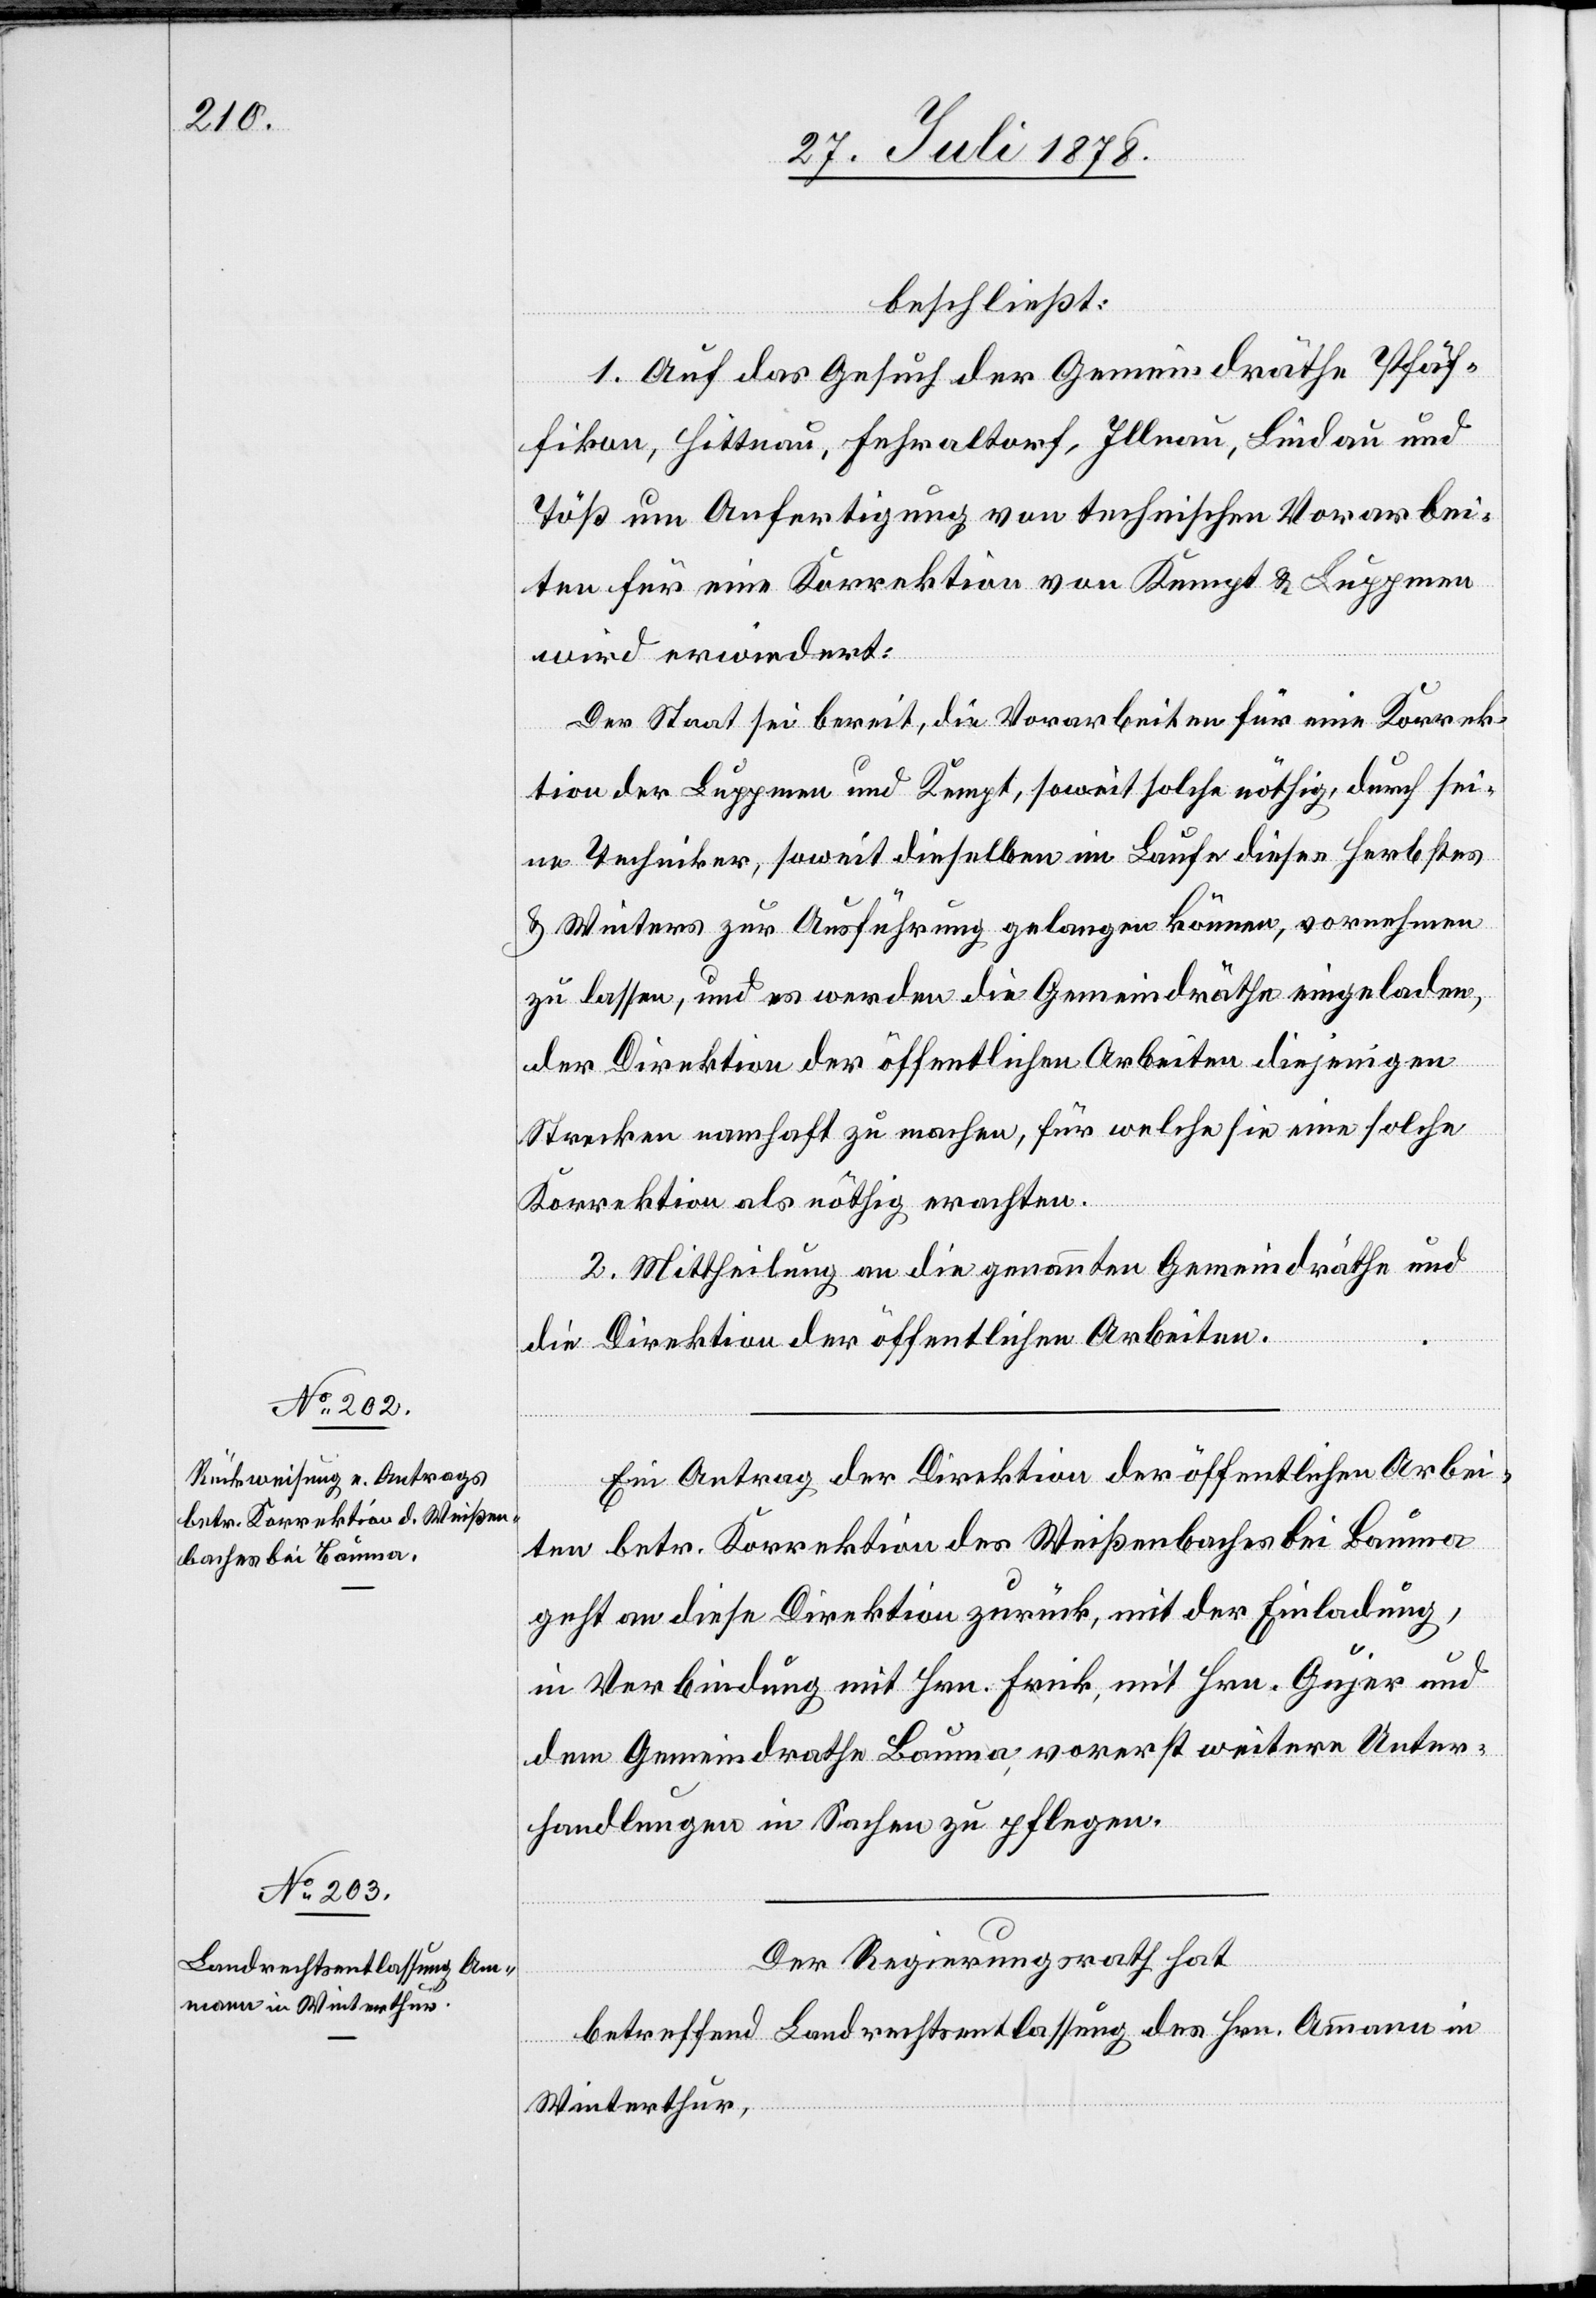
beschließt:
1. Auf das Gesuch der Gemeindräthe Pfäf¬
fikon, Hittnau, Fehraltorf, Illnau, Lindau und
Töß um Anfertigung von technischen Vorarbei¬
ten für eine Korrektion von Kempt & Luppmen
wird erwiedert:
Der Staat sei bereit, die Vorarbeiten für eine Korrek¬
tion der Luppmen und Kempt, soweit solche nöthig, durch sei¬
ne Techniker, soweit dieselben im Laufe dieses Herbstes
& Winters zur Ausführung gelangen können, vornehmen
zu lassen, und es werden die Gemeindräthe eingeladen,
der Direktion der öffentlichen Arbeiten diejenigen
Strecken namhaft zu machen, für welche sie eine solche
Korrektion als nöthig erachten.
2. Mittheilung an die genannten Gemeindräthe und
die Direktion der öffentlichen Arbeiten.
Ein Antrag der Direktion der öffentlichen Arbei¬
ten betr. Korrektion des Weißenbaches bei Bauma
geht an diese Direktion zurück, mit der Einladung,
in Verbindung mit Hrn. Frick, mit Hrn. Gujer und
dem Gemeindrathe Bauma, vorerst weitere Unter¬
handlungen in Sachen zu pflegen.
Der Regierungsrath hat
betreffend Landrechtsentlassung des Hrn. Ammann in
Winterthur,